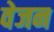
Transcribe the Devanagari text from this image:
वेजन